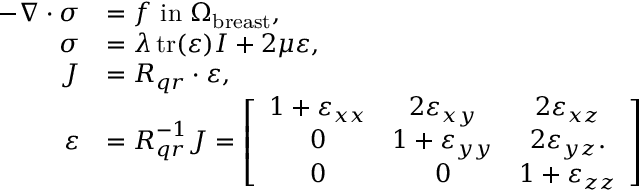
\begin{array} { r l } { - \nabla \cdot \boldsymbol { \sigma } } & { = \boldsymbol { f } \mathrm { ~ i n ~ } \Omega _ { \mathrm { b r e a s t } } , } \\ { \boldsymbol { \sigma } } & { = \lambda \operatorname { t r } ( \boldsymbol { \varepsilon } ) \boldsymbol { I } + 2 \mu \boldsymbol { \varepsilon } , } \\ { \boldsymbol { J } } & { = \boldsymbol { R } _ { q r } \cdot \boldsymbol { \varepsilon } , } \\ { \boldsymbol { \varepsilon } } & { = \boldsymbol { R } _ { q r } ^ { - 1 } \boldsymbol { J } = \left[ \begin{array} { c c c } { 1 + \boldsymbol { \varepsilon } _ { x x } } & { 2 \boldsymbol { \varepsilon } _ { x y } } & { 2 \boldsymbol { \varepsilon } _ { x z } } \\ { 0 } & { 1 + \boldsymbol { \varepsilon } _ { y y } } & { 2 \boldsymbol { \varepsilon } _ { y z } . } \\ { 0 } & { 0 } & { 1 + \boldsymbol { \varepsilon } _ { z z } } \end{array} \right] } \end{array}